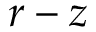
r - z